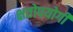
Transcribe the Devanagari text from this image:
क्षतोपयोगी